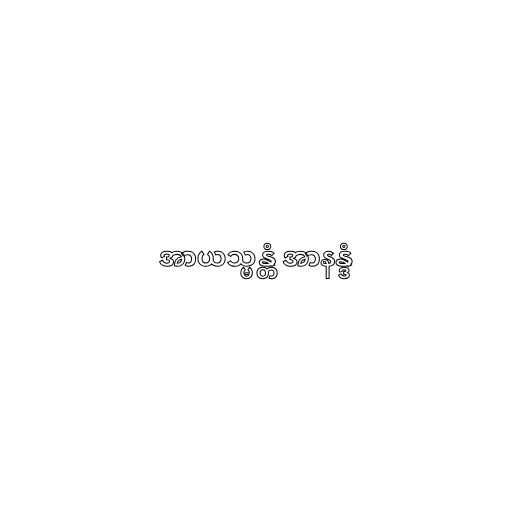
အာယသ္မန္တံ အာနန္ဒံ